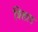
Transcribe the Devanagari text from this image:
त्रिताप